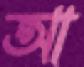
আ